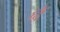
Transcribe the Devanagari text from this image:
ह्वैं